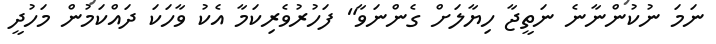
ނަމަ ނުކުންނާނެ ނަތީޖާ ހިޔާލަށް ގެންނަވާ" ފަހުރުވެރިކަމާ އެކު ވާހަކަ ދައްކަމުން މަހުދީ